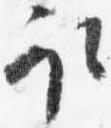
取